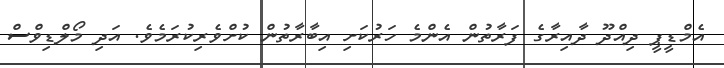
އެމްޑީޕީ ދިއްދޫ ދާއިރާގެ ފަރާތުން އެންމެ ހަރުކަށި އިބާރާތުން ކުށްވެރިކުރަމެވެ. އަދި މޯލްޑިވްސް